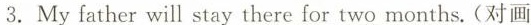
3.My father will stay there \underline{for two months} .(对画